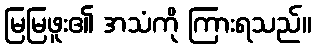
မြမြဖူး၏ အသံကို ကြားရသည်။